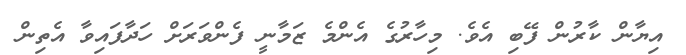
އިޔާން ކާރުން ފޭބި އެވެ. މިހާރުގެ އެންމެ ޒަމާނީ ފެންވަރަށް ހަދާފައިވާ އެތިން